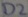
Text: D2